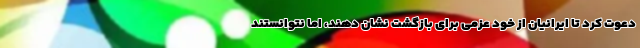
دعوت کرد تا ایرانیان از خود عزمی برای بازگشت نشان دهند، اما نتوانستند